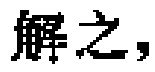
解之，